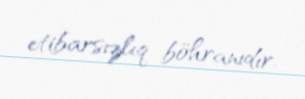
etibarsızlıq böhranıdır.